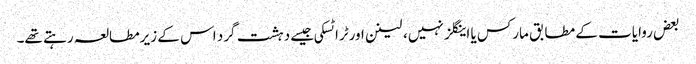
بعض روایات کے مطابق مارکس یا اینگلز نہیں، لینن اورٹرا ٹسکی جیسے دہشت گرد اس کے زیرمطالعہ رہتے تھے۔